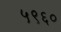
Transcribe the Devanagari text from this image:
५९६०